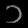
Digit: ၁